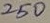
Text: 250